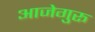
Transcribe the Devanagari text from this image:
आजेगुरू